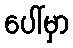
ပေါ်မှာ